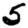
Digit: 5